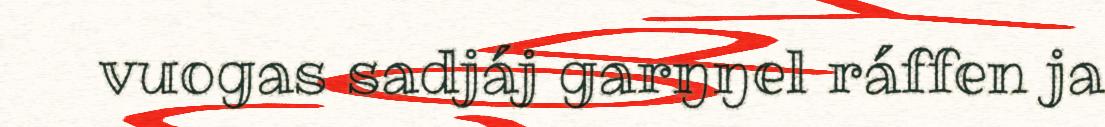
vuogas sadjáj garŋŋel ráffen ja